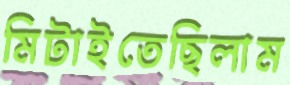
মিটাইতেছিলাম